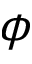
\phi